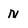
Character: N